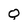
Character: Q